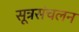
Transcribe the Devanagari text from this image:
सूत्रसंचलन